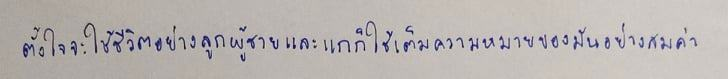
ตั้งใจจะใช้ชีวิตอย่างลูกผู้ชายและแกก็ใช้เต็มความหมายของมันอย่างสมค่า